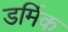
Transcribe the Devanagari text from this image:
डर्मिक